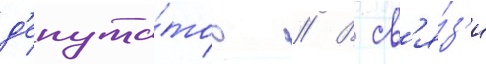
д'епута́тов // В св'я́з'и